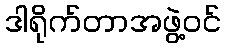
ဒါရိုက်တာအဖွဲ့ဝင်